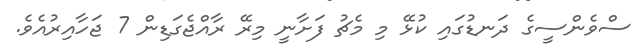
ސްވެންސީގެ ދަނޑުގައި ކުޅޭ މި މެޗު ފަށާނީ މިރޭ ރާއްޖެގަޑިން 7 ޖަހާއިރުއެވެ.